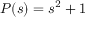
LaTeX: P ( s ) = s ^ { 2 } + 1